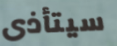
سيتأذى